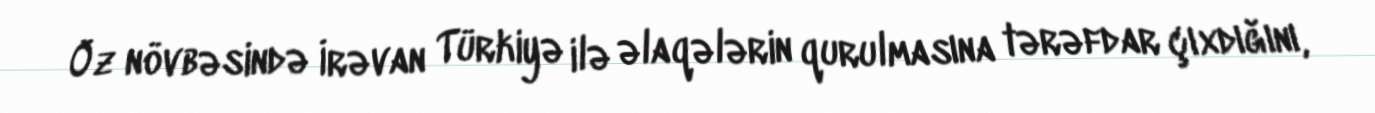
Öz növbəsində İrəvan Türkiyə ilə əlaqələrin qurulmasına tərəfdar çıxdığını,